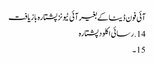
آئی فون ڈیٹا کے بغیر آئی ٹیونز پشتارہ بازیافت
14. رسائی اکلود پشتارہ
15 ۔